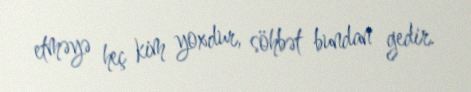
etməyə heç kim yoxdur, söhbət bundan gedir.